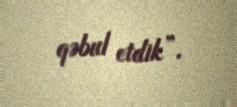
qəbul etdik”.